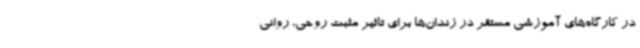
در کارگاه‌های آموزشی مستقر در زندان‌ها برای تاثیر مثبت روحی، روانی